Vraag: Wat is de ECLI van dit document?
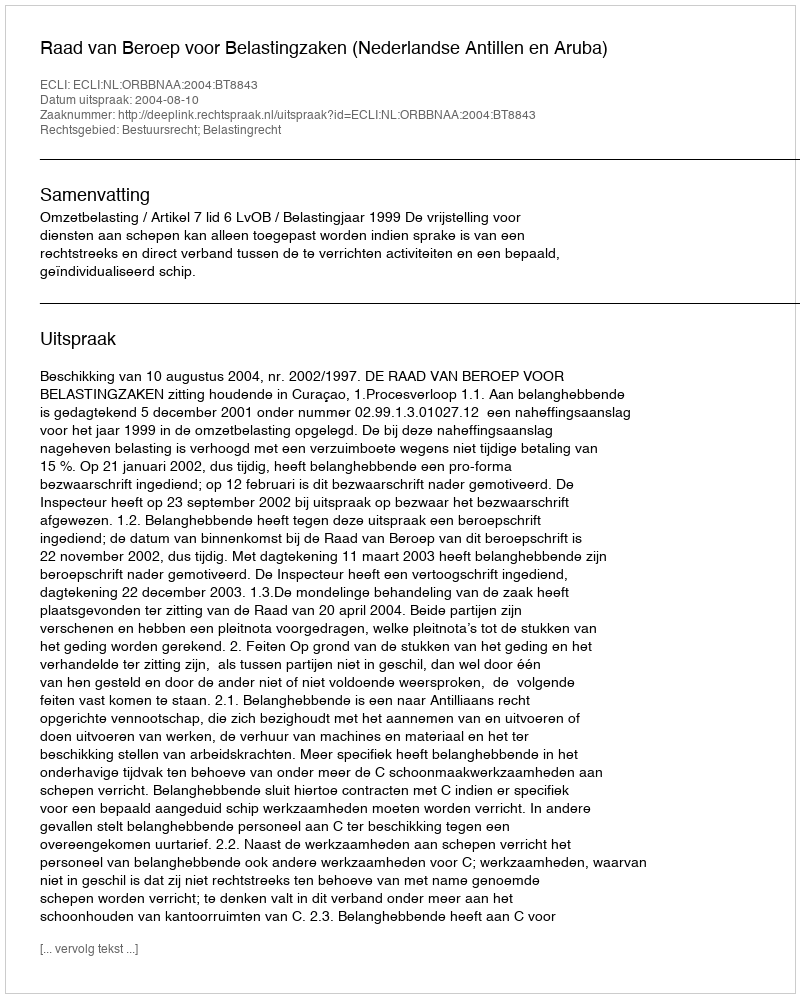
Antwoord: ECLI:NL:ORBBNAA:2004:BT8843